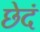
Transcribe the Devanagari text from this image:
छेदं